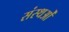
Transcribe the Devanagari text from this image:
संस्थओं